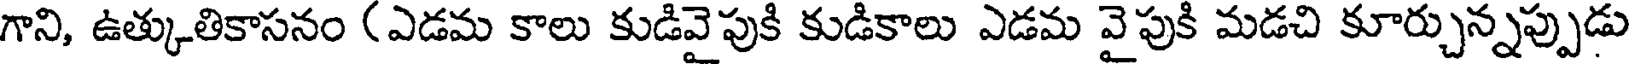
గాని, ఉత్కుతికాసనం (ఎడమ కాలు కుడివైపుకి కుడికాలు ఎడమ వైపుకి మడచి కూర్చున్నప్పుడు